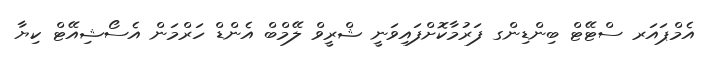
އެމްޕައަރ ސްޓޭޓް ބިންޑިންގ ފަރުމާކޮށްފައިވަނީ ޝްރީވް ލޭމްބް އެންޑް ހަރްމަން އެސޯޝިއޭޓް ކިޔާ